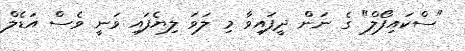
"ސްކައިފޯލް" ގެ ނަން ދީފައިވާ މި ލަވަ ލިޔެފައި ވަނީ ވެސް އަޑެލް